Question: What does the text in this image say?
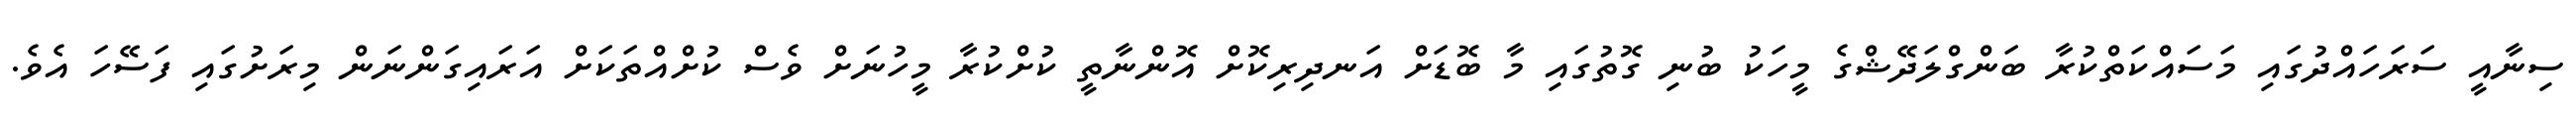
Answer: ސިނާއީ ސަރަހައްދުގައި މަސައްކަތްކުރާ ބަންގްލަދޭޝްގެ މީހަކު ބުނި ގޮތުގައި މާ ބޮޑަށް އަނދިރިކޮށް އޮންނާތީ ކުށްކުރާ މީހުނަށް ވެސް ކުށްއްތަކަށް އަރައިގަންނަން މިރަށުގައި ފަސޭހަ އެވެ.